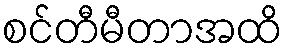
စင်တီမီတာအထိ